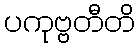
ပကုဗ္ဗတီတိ